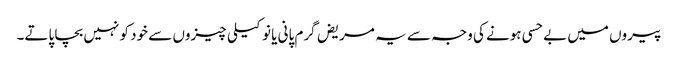
پیروں میں بے حسی ہونے کی وجہ سے یہ مریض گرم پانی یا نوکیلی چیزوں سے خود کو نہیں بچا پاتے۔